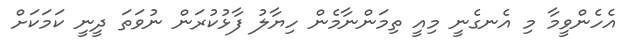
އެހެންވީމާ މި އެނގެނީ މިއީ ތިމަންނާމެން ހިޔާލު ފާޅުކުރަން ނުވަތަ ދީނީ ކަމަކަށް